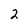
Character: 2